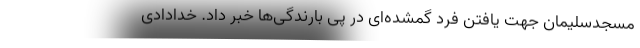
مسجدسلیمان جهت یافتن فرد گمشده‌ای در پی بارندگی‌ها خبر داد. خدادادی